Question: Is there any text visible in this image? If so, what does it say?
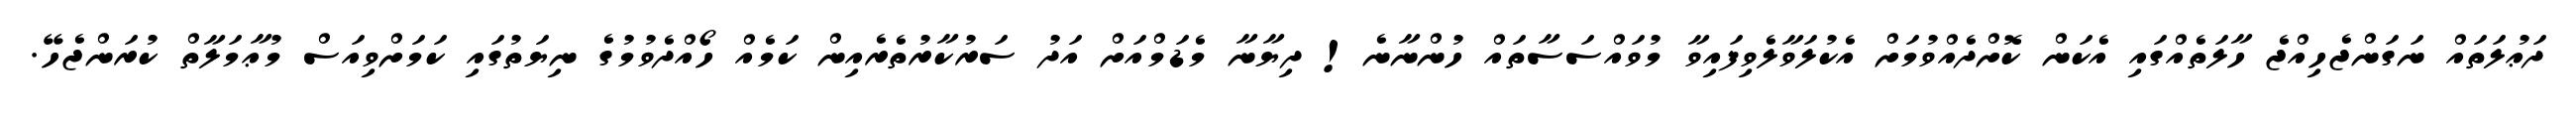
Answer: ދަޢުލަތައް ނަގަންޖެހިއްޖެ ހާލަތެއްގައި އެކަން ކޮށްދެއްވުމަށް އެކުލަވާލެވިފައިވާ މުވައްސަސާތައް ހުންނާނެ! ދިޔާނާ މެޑަމްއަށް އަދު ސަރުކާރުތެރެއިން ކަމެއް ހޯއްދެވުމުގެ ނިޔަތުގައި ކަމަށްވިއަސް މުޢާމަލާތް ކުރަންޖެހޭ.